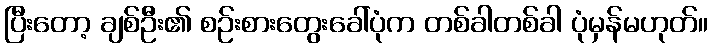
ပြီးတော့ ချစ်ဦး၏ စဉ်းစားတွေးခေါ်ပုံက တစ်ခါတစ်ခါ ပုံမှန်မဟုတ်။